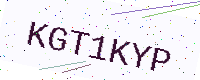
Text: KGT1KYP